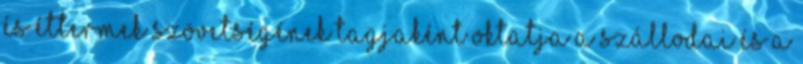
és Éttermek Szövetségének tagjaként oktatja a szállodai és a